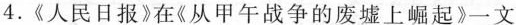
4.《人民日报》在《从甲午战争的废墟上崛起》一文